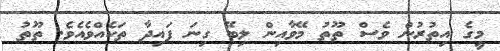
މީގެ އިތުރުން ވެސް ތޫތު މޭވާއިން ލިބޭ ގިނަ ފައިދާ ތަކެއްވެއެވެ. ތޫތު